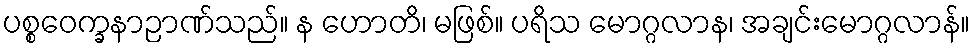
ပစ္စဝေက္ခနာဉာဏ်သည်။ န ဟောတိ၊ မဖြစ်။ ပရိသ မောဂ္ဂလာန၊ အချင်းမောဂ္ဂလာန်။